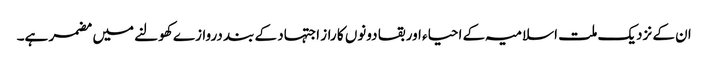
ان کے نزدیک ملت اسلامیہ کے احیاء اور بقا دونوں کا راز اجتہاد کے بند دروازے کھولنے میں مضمر ہے۔